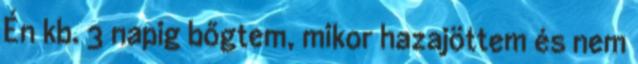
Én kb. 3 napig bőgtem, mikor hazajöttem és nem